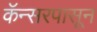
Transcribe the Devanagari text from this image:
कॅन्सरपासून